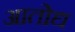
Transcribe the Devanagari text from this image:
आतोद्य